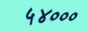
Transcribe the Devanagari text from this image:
५४०००